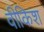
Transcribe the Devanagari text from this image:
वीकिश